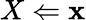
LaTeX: X\Leftarrow\mathbf{x}